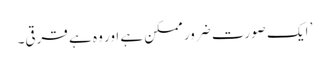
’ ایک صورت ضرور ممکن ہے اور وہ ہے قرقی۔